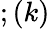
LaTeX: ;(k)